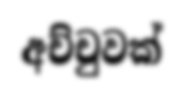
අච්චුවක්